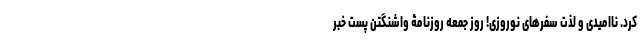
کرد. ناامیدی و لذت سفرهای نوروزی! روز جمعه روزنامۀ واشنگتن پست خبر